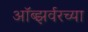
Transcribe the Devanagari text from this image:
ऑब्झर्वरच्या